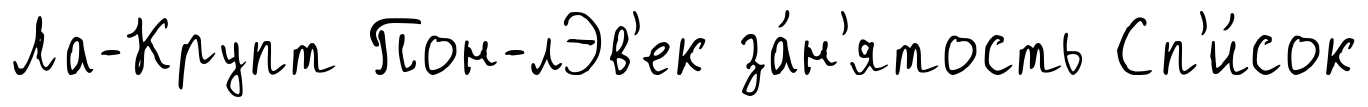
Ла-Крупт Пон-лЭв'ек за́н'ятость Сп'и́сок